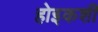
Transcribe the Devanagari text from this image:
होइकशी